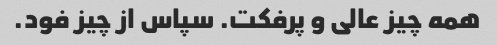
همه چیز عالی و پرفکت. سپاس از چیز فود.